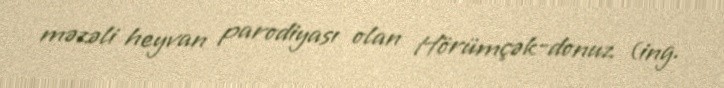
məzəli heyvan parodiyası olan Hörümçək-donuz (ing.